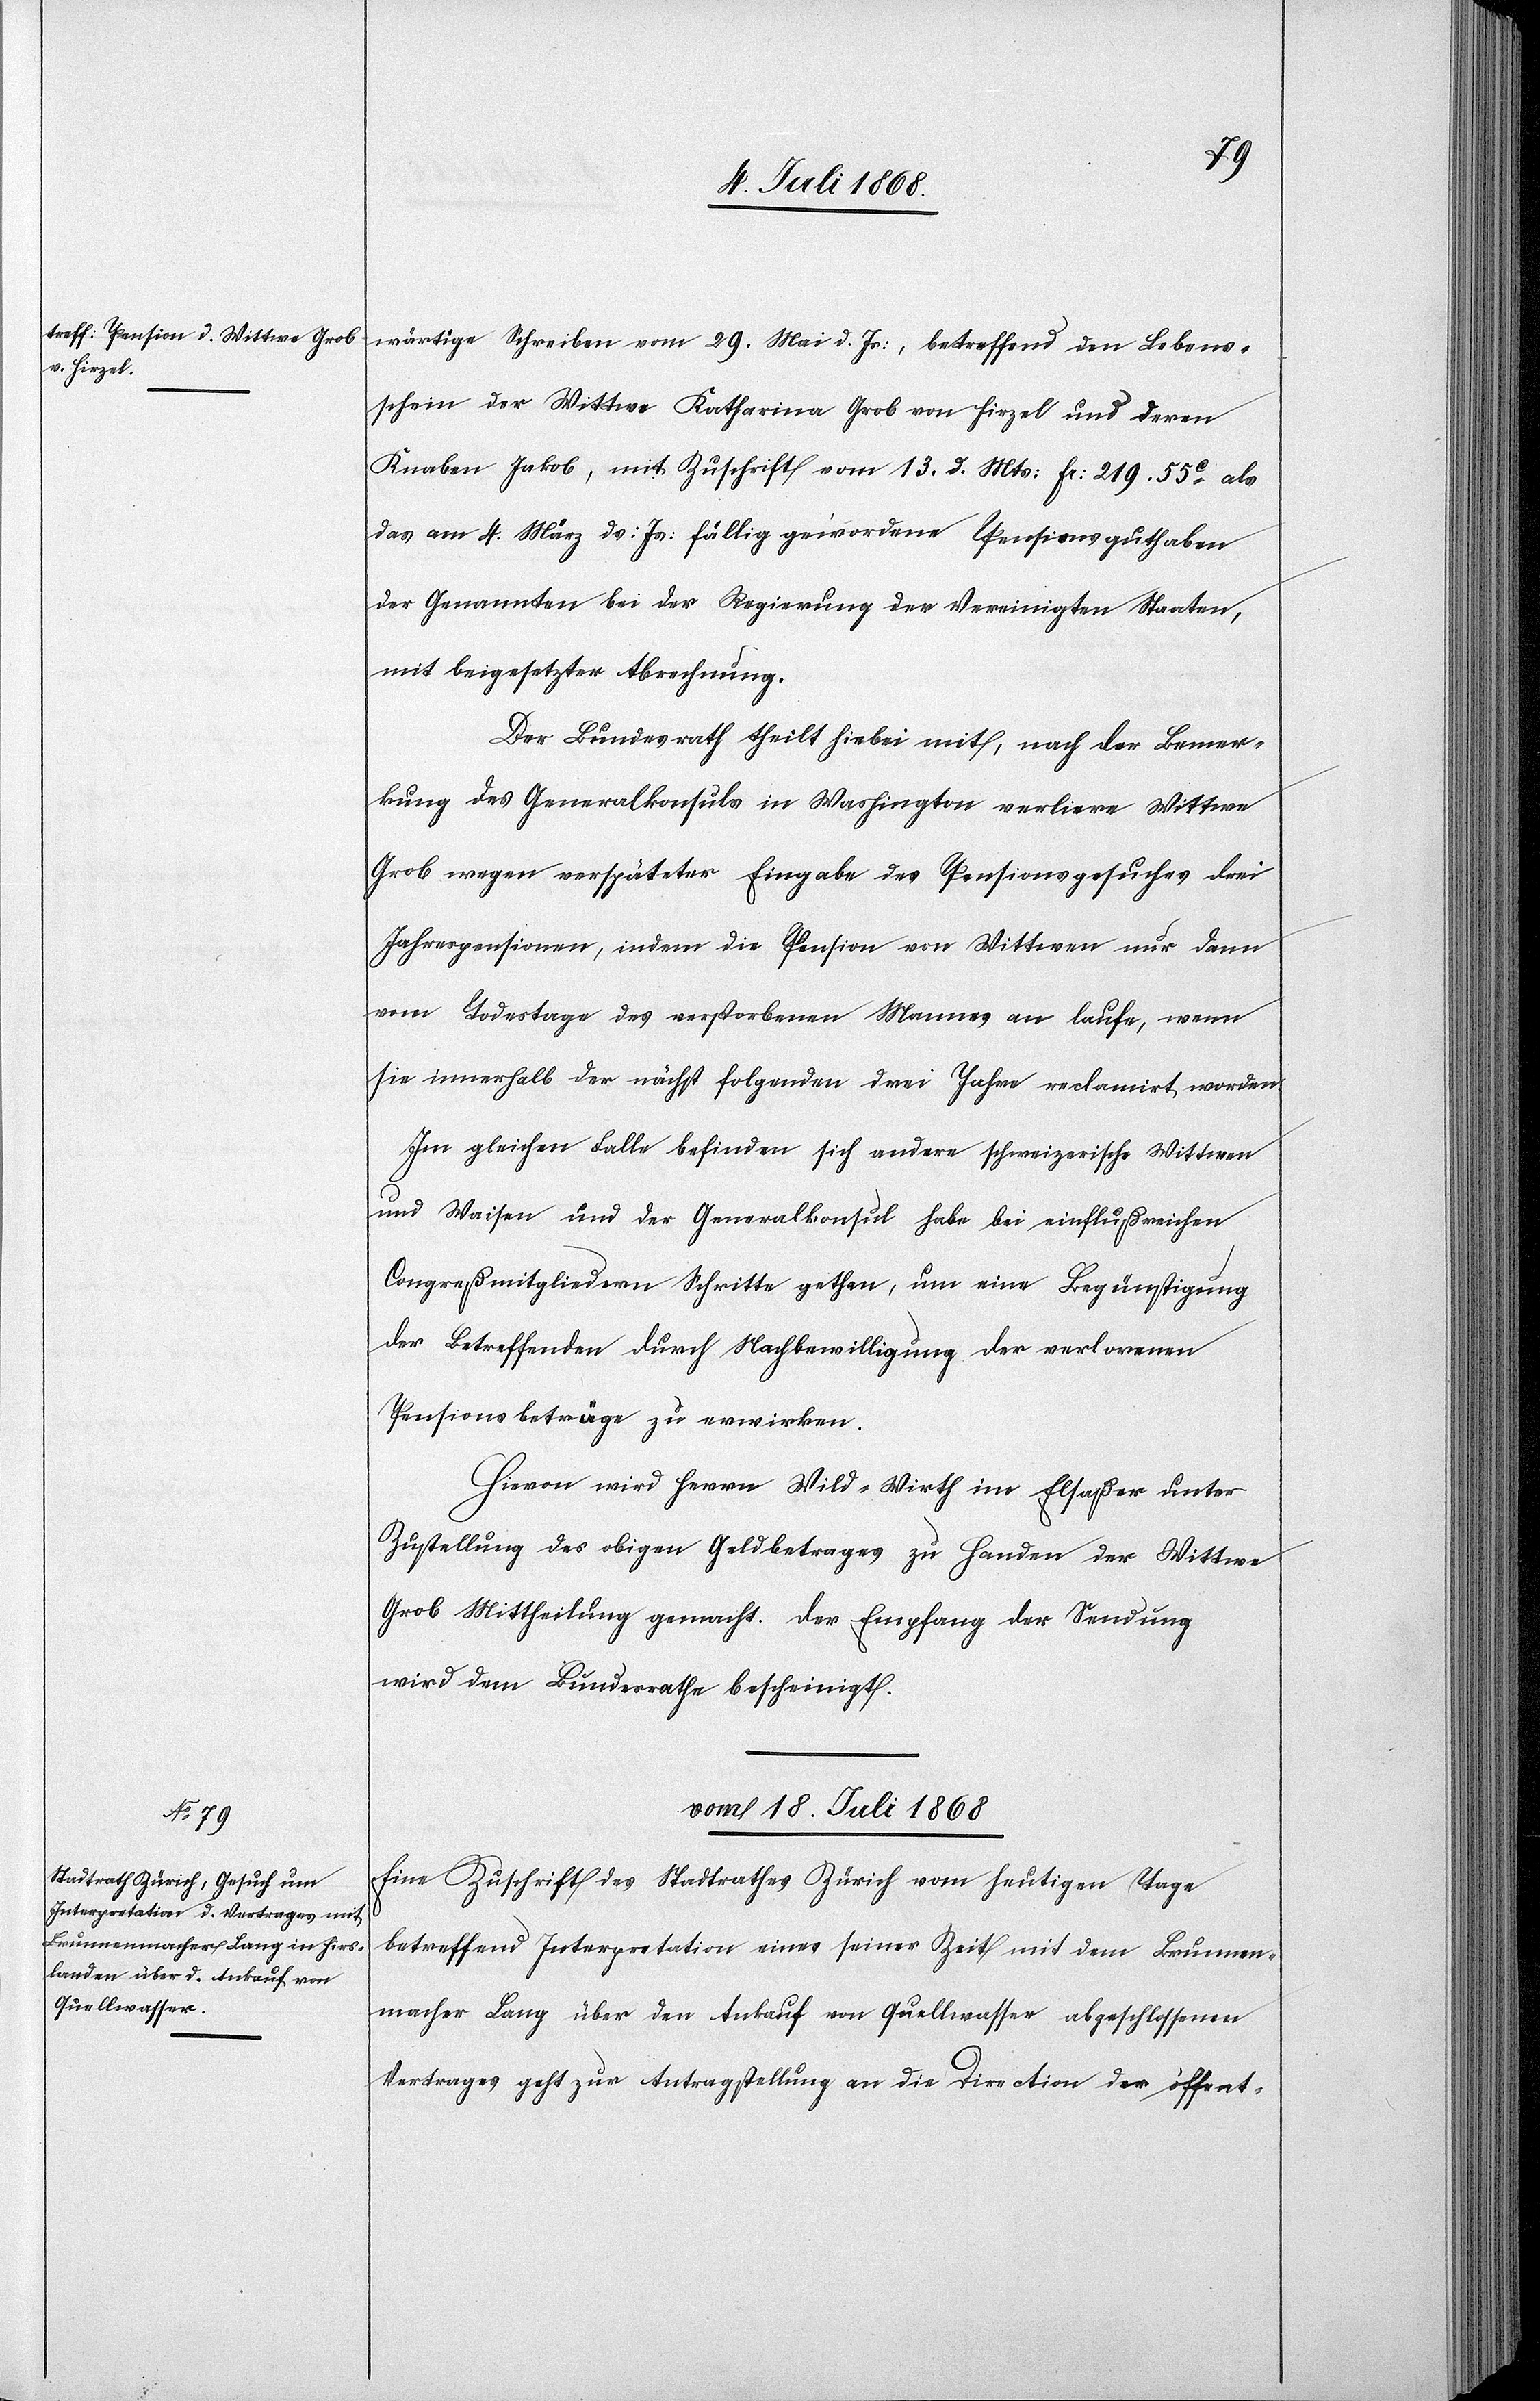
wärtige Schreiben vom 29. Mai d. Js:, betreffend den Lebens¬
schein der Wittwe Katharina Grob von Hirzel und deren
Knaben Jakob, mit Zuschrift vom 13. d. Mts: Fr: 219. 55c als
das am 4. März ds: Js: fällig gewordene Pensionsguthaben
der Genannten bei der Regierung der Vereinigten Staaten,
mit beigesetzter Abrechnung.
Der Bundesrath theilt hiebei mit, nach der Bemer¬
kung des Generalkonsuls in Washington verliere Wittwe
Grob wegen verspäteter Eingabe des Pensionsgesuches drei
Jahrespensionen, indem die Pension von Wittwen nur dann
vom Todestage des verstorbenen Mannes an laufe, wenn
sie innerhalb der nächst folgenden drei Jahre reclamirt worden.
Im gleichen Falle befinden sich andere schweizerische Wittwen
und Waisen und der Generalkonsul habe bei einflußreichen
Congreßmitgliedern Schritte gethan, um eine Begünstigung
der Betreffenden durch Nachbewilligung der verlorenen
Pensionsbeträge zu erwirken.
Hievon wird Herrn Wild-Wirth im Elsaßer unter
Zustellung des obigen Geldbetrages zu Handen der Wittwe
Grob Mittheilung gemacht. Der Empfang der Sendung
wird dem Bundesrathe bescheinigt.
vom 18. Juli 1868
Eine Zuschrift des Stadtrathes Zürich vom heutigen Tage
betreffend Interpretation eines seiner Zeit mit dem Brunnen¬
macher Lang über den Ankauf von Quellwasser abgeschlossenen
Vertrages geht zur Antragstellung an die Direction der öffent-